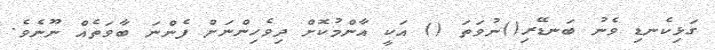
ގަޅިކެނޑި ވެނު ބަނޑޭރި()ނުވަތަ () އަކީ އާންމުކޮށް ދިވެހިންނަށް ފެންނަ ބާވަތެއް ނޫނެވެ.